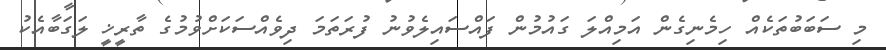
މި ސަބަބުތަކެއް ހިމެނިގެން އަމިއްލަ ގައުމުން ފައްސައިލެވުނު ފުރަތަމަ ދިވެއްސަކަށްވުމުގެ ތާރީޚީ ލަގަބާއެކު